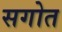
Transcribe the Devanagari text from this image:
सगोत